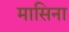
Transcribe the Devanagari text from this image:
मासिना